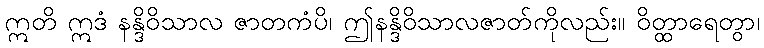
ဣတိ ဣဒံ နန္ဒိဝိသာလ ဇာတကံပိ၊ ဤနန္ဒိဝိသာလဇာတ်ကိုလည်း။ ဝိတ္ထာရေတွာ၊